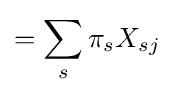
=\sum _{s}\pi _{s}X_{sj}